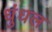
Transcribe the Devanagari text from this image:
धुंधल